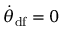
\Dot { \theta } _ { \mathrm { d f } } = 0